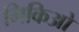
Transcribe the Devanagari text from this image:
मिकिओ